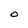
Character: O